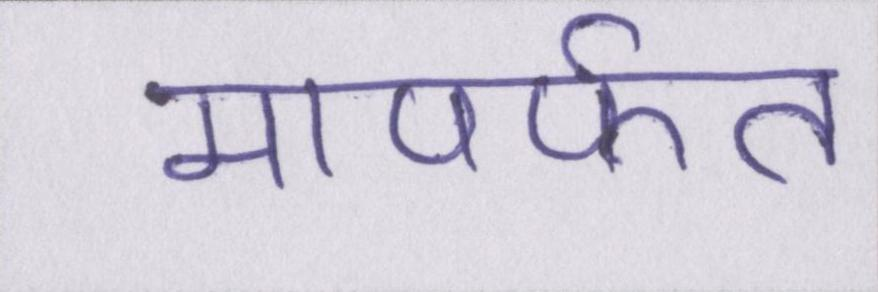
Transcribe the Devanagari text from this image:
मापर्फत